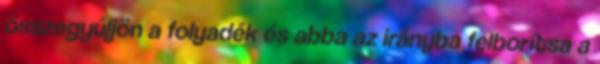
összegyűljön a folyadék és abba az irányba felborítsa a